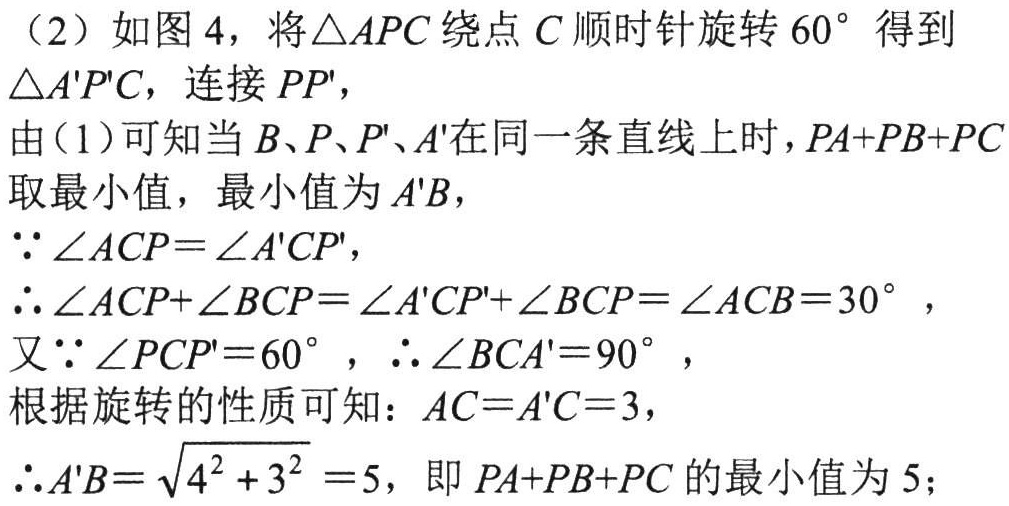
（2）如图 4，将\(\triangle APC\)绕点 \(C\) 顺时针旋转 \(60^{\circ}\) 得到 \(\triangle A'P'C\)，连接 \(PP'\)，
由（1）可知当 \(B、P、P'、A'\)在同一条直线上时，\(PA + PB + PC\)取最小值，最小值为 \(A'B\)，
\(\because\angle ACP=\angle A'CP'\)，
\(\therefore\angle ACP+\angle BCP=\angle A'CP'+\angle BCP=\angle ACB = 30^{\circ}\)，
又\(\because\angle PCP' = 60^{\circ}\)，\(\therefore\angle BCA'=90^{\circ}\)，
根据旋转的性质可知：\(AC = A'C = 3\)，
\(\therefore A'B=\sqrt{4^{2}+3^{2}} = 5\)，即 \(PA + PB + PC\) 的最小值为 \(5\)；